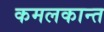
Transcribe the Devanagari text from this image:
कमलकान्‍त